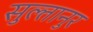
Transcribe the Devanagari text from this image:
सुल्तानुर